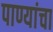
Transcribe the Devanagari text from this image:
पाण्यांचा